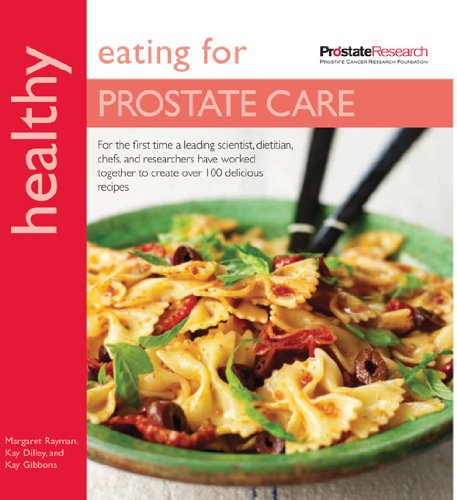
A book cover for Healthy Eating for Prostate Care; Margaret Rayman; Cookbooks, Food & Wine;